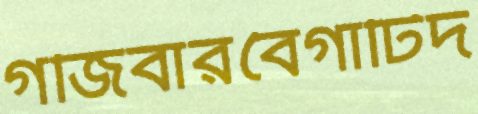
গর্জিবারবৈগাটিদ